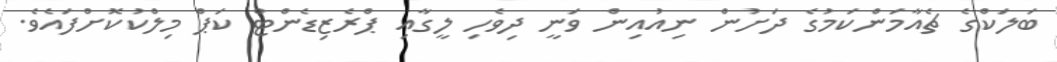
ބަލަކްގެ ޗެއާމަންކަމުގެ ދަށުން ނިއުއިން ވަނީ ދިވެހި ލީގާއި ޕްރެޒިޑެންޓް ކަޕް މިލްކުކޮށްފައެވެ.